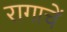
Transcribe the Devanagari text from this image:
रागाचें